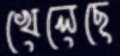
খেলেছে